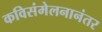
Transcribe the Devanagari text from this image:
कविसंमेलनानंतर